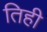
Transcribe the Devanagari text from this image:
तिही